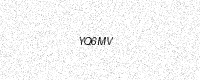
Text: YQ6MV